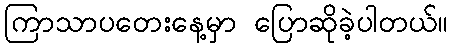
ကြာသာပတေးနေ့မှာ ပြောဆိုခဲ့ပါတယ်။